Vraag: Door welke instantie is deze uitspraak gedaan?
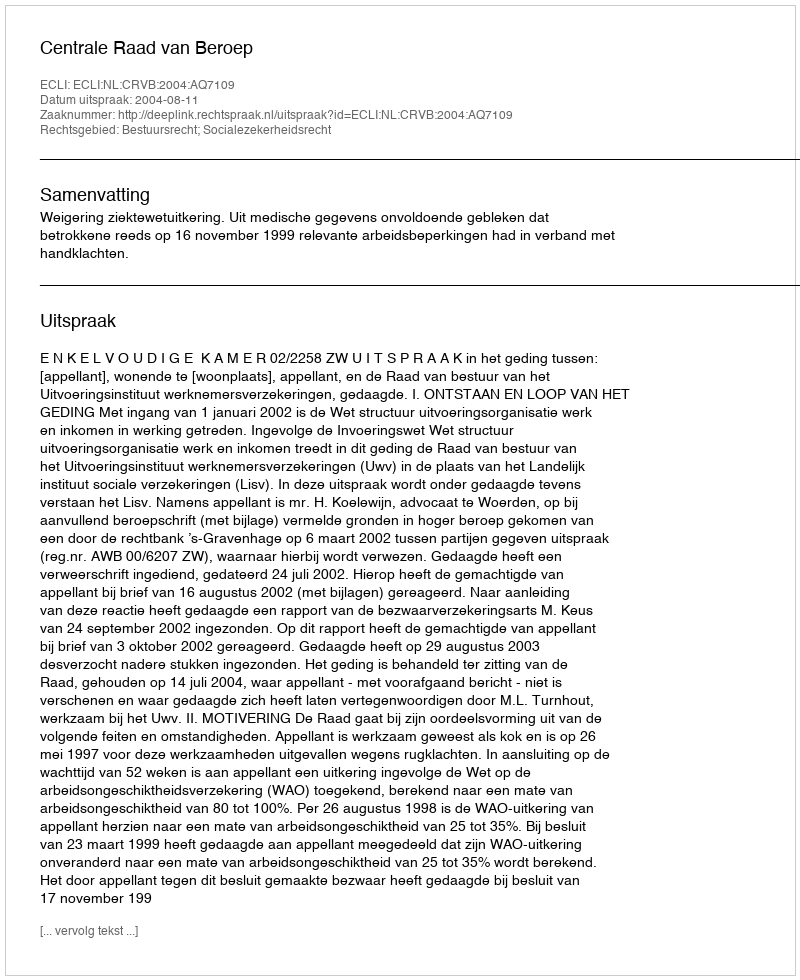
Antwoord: Centrale Raad van Beroep